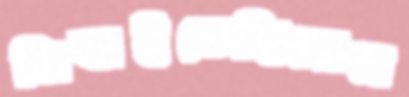
নিবাইতেছিলাম